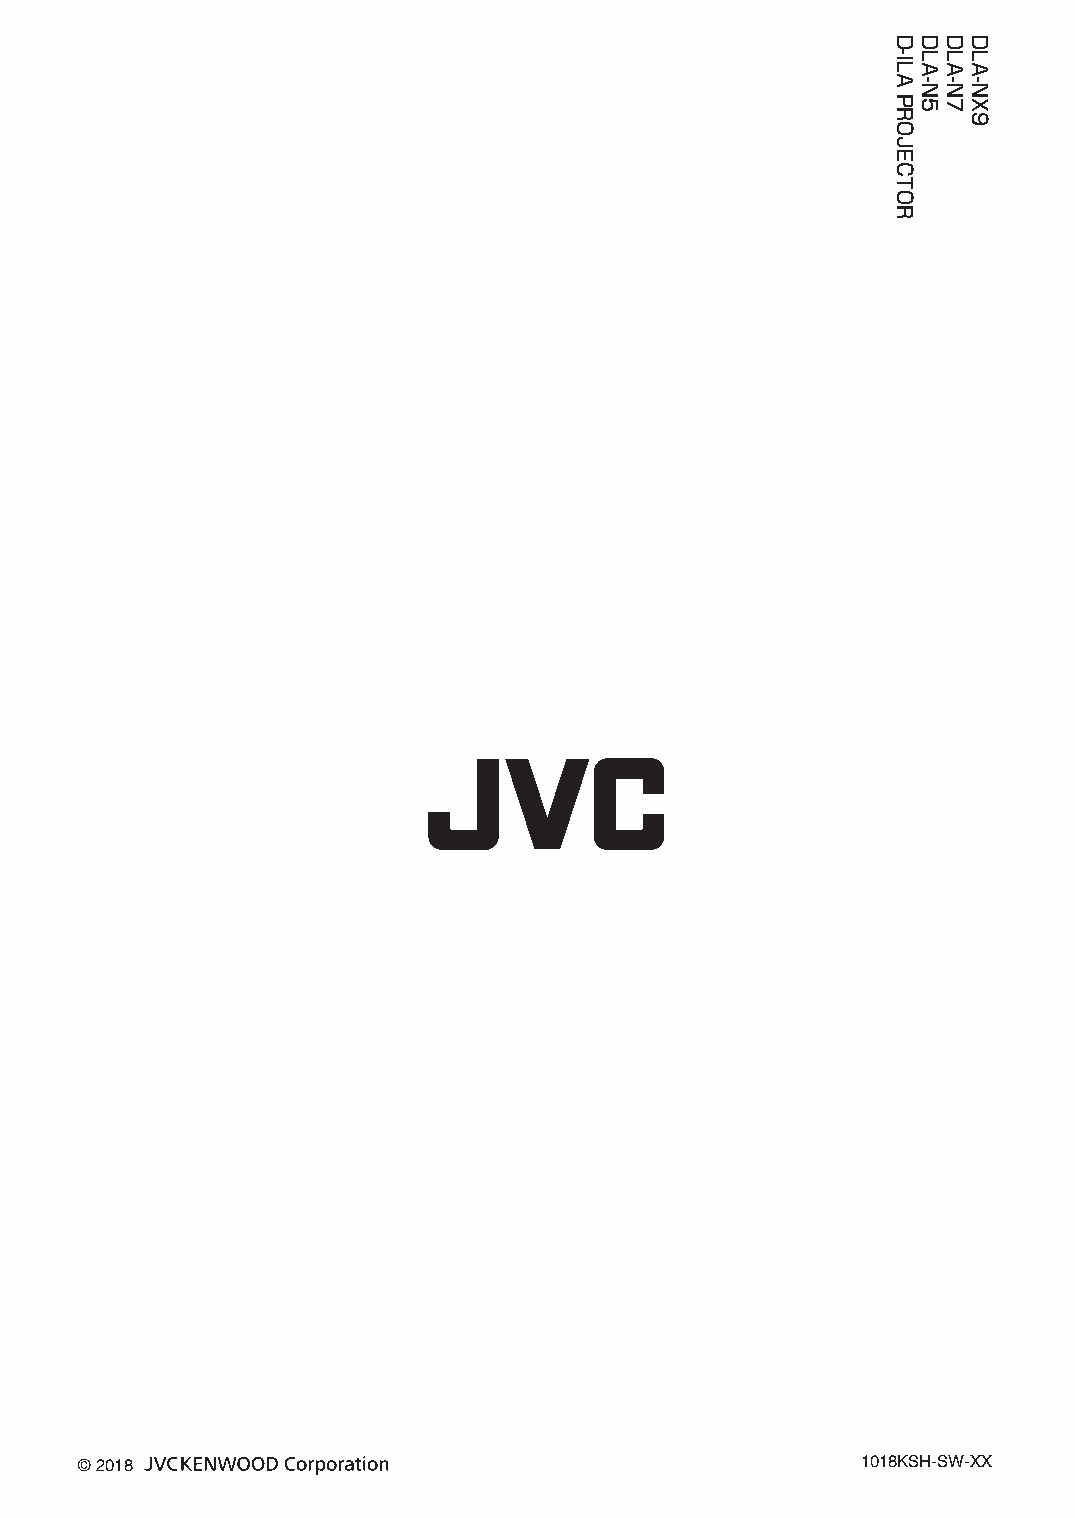
.
 .
 © 2018                                              1018KSH-SW-XX
 D-ILA
 PROJECTOR
 DLA-N5 DLA-N7 DLA-NX9